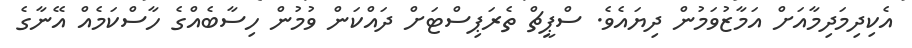
އެކިދިމަދިމާއަށް އަމާޒުވަމުން ދިޔައެވެ. ސްޕީޗް ތެރަޕިސްޓަށް ދައްކަން ވުމުން ހިސާބެއްގެ ހާސްކަމެއް އޭނާގެ